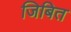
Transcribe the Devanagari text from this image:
जिबित